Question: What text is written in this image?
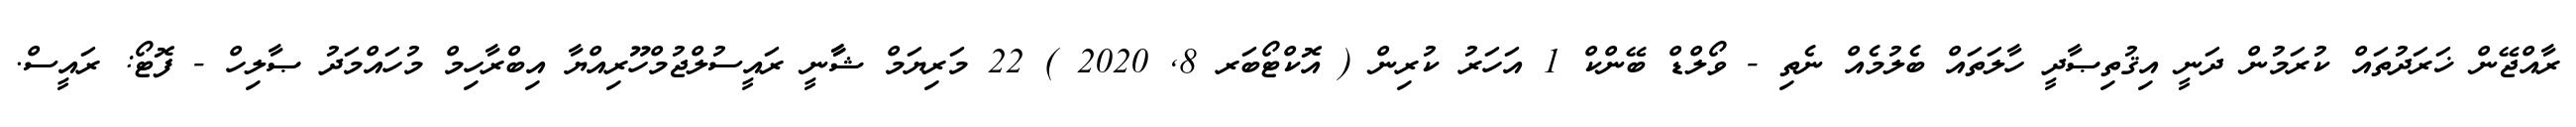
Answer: ރާއްޖޭން ޚަރަދުތައް ކުރަމުން ދަނީ އިޤުތިޞާދީ ހާލަތައް ބެލުމެއް ނެތި - ވޯލްޑް ބޭންކް 1 އަހަރު ކުރިން ( އޮކްޓޯބަރ 8, 2020 ) 22 މަރިޔަމް ޝާާނީ ރައީސުލްޖުމްހޫރިއްޔާ އިބްރާހިމް މުހައްމަދު ޞާލިހް - ފޮޓޯ: ރައީސް.